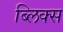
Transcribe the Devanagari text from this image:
ब्लिक्स